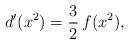
LaTeX: \begin{align*}d'(x^2) = {3\over 2}\, f(x^2),\end{align*}